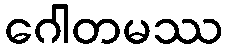
ဂေါတမဿ